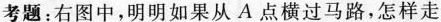
考题：右图中，明明如果从A点横过马路，怎样走